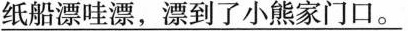
\underline{纸船漂哇漂，漂到了小熊家门口。}